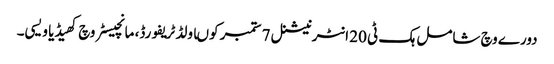
دورے وچ شامل ہک ٹی 20 انٹرنیشنل 7 ستمبر کوںاولڈ ٹریفورڈ، مانچیسٹر وچ کھیڈیا ویسی۔